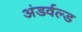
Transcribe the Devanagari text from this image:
अंडर्वल्ड